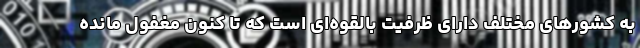
به کشورهای مختلف دارای ظرفیت بالقوه‌ای است که تا کنون مغفول مانده